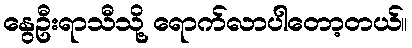
နွေဦးရာသီသို့ ရောက်လာပါတော့တယ်။